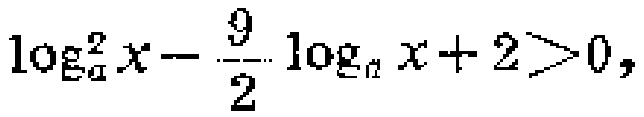
\(\log_{a}^{2}x - \frac{9}{2}\log_{a}x + 2>0\)